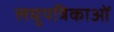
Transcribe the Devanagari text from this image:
लघुपत्रिकाओं